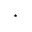
^ \star